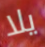
يلا